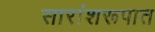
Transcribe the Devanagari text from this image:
सारांशरूपात